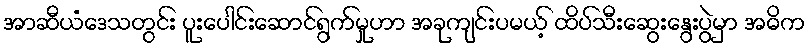
အာဆီယံဒေသတွင်း ပူးပေါင်းဆောင်ရွက်မှုဟာ အခုကျင်းပမယ့် ထိပ်သီးဆွေးနွေးပွဲမှာ အဓိက